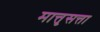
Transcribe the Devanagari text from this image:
मात्तृसत्ता